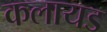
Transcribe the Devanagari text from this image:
कलायड